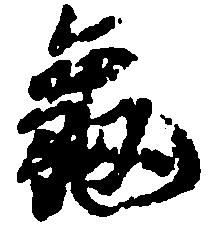
亀